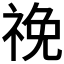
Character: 𥙵